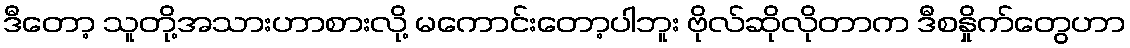
ဒီတော့ သူတို့အသားဟာစားလို့ မကောင်းတော့ပါဘူး ဗိုလ်ဆိုလိုတာက ဒီစနှိုက်တွေဟာ